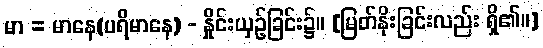
မာ = မာနေ(ပရိမာနေ) - နှိုင်းယှဉ်ခြင်း၌။ [မြတ်နိုးခြင်းလည်း ရှိ၏၊၊]